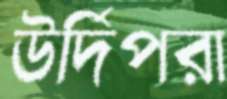
উর্দিপরা